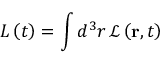
L \left( t \right) = \int d ^ { 3 } r \, \mathcal { L } \left( \mathbf { r } , t \right)